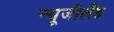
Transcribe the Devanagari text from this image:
न्‍यूजीलैंड